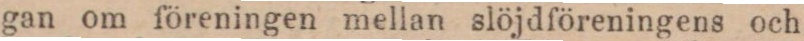
gan om föreningen mellan slöjdföreningens och